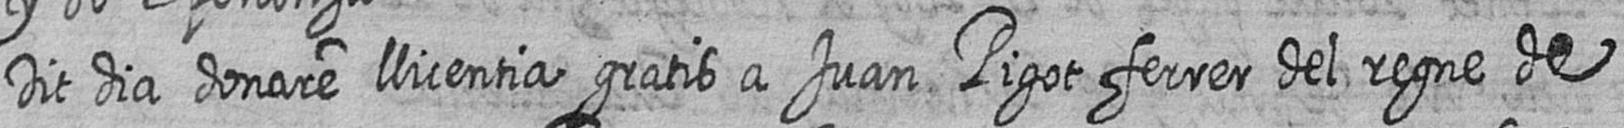
Dit dia donare llicentia gratis a Juan Pigot ferrer del regne de